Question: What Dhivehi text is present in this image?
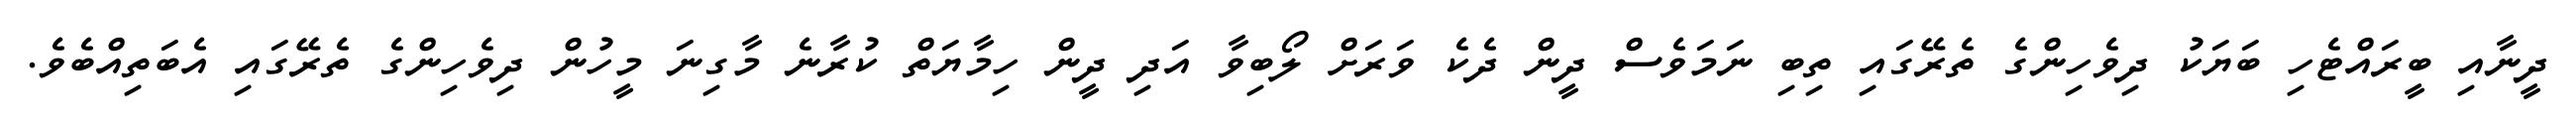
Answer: ދީނާއި ބީރައްޓެހި ބަޔަކު ދިވެހިންގެ ތެރޭގައި ތިބި ނަމަވެސް ދީން ދެކެ ވަރަށް ލޯބިވާ އަދި ދީން ހިމާޔަތް ކުރާނެ މާގިނަ މީހުން ދިވެހިންގެ ތެރޭގައި އެބަތިއްބެވެ.